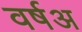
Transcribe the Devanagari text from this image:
वर्षअ